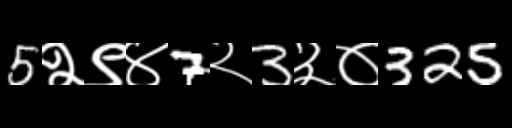
Text: 5२९४7२3३०325